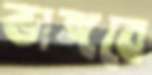
ভাঙ্গবে